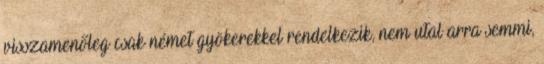
visszamenőleg csak német gyökerekkel rendelkezik, nem utal arra semmi,